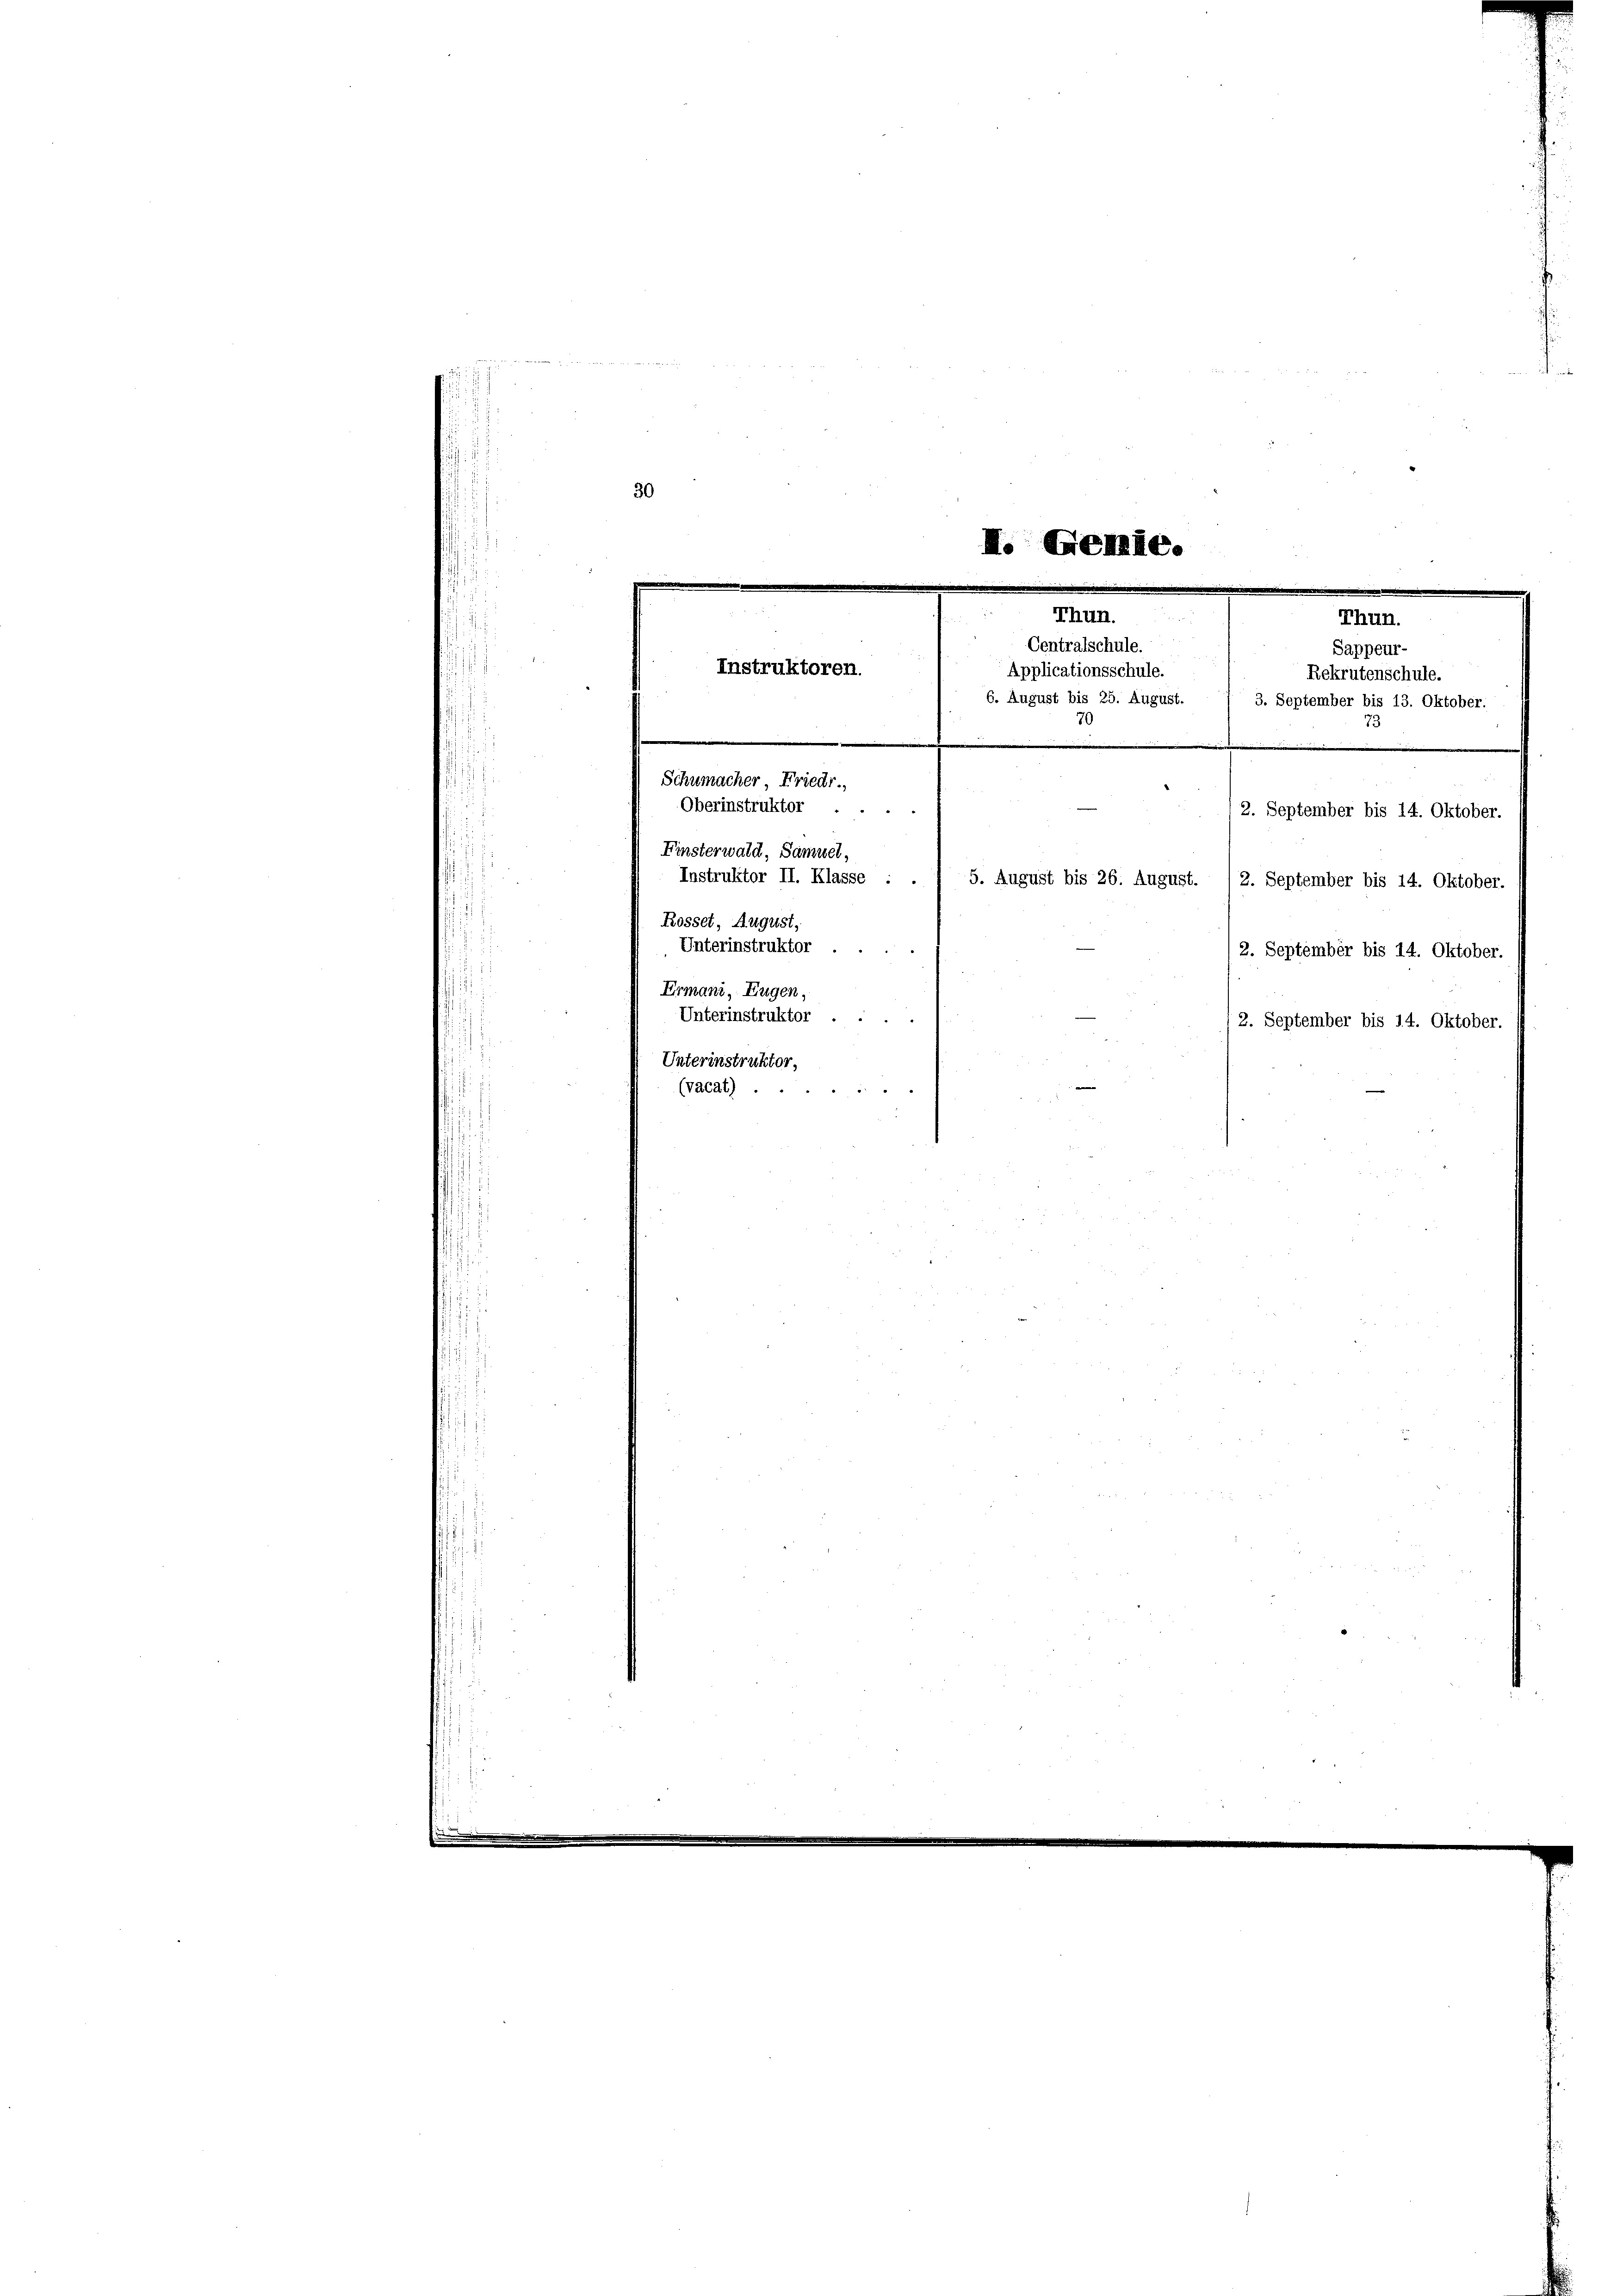
Unterinstruktor
12. September bis 14. Oktober.
Ermani, Eugen,
Unterinstruktor
2. September bis 14. Oktober.
Unterinstruktor,
(vacat).

der de

30
I. Genie.
e
d
Thun.
Thun.
Centralschule.
Sappeur-
Instruktoren.
Applicationsschule.
Rekrutenschule.
e
6. August bis 25. August.
3. September bis 13. Oktober.
70
Schumacher, Friedr.,
Oberinstruktor ....
2. September bis 14. Oktober.
Finsterwald, Samuel,
Instruktor II. Klasse :
5. August bis 26. August.
2. September bis 14. Oktober.
Rosset, August,